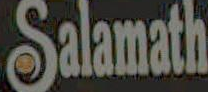
Salamath